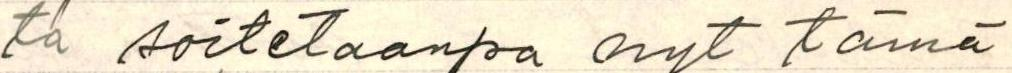
ta soitetaanpa nyt tämä